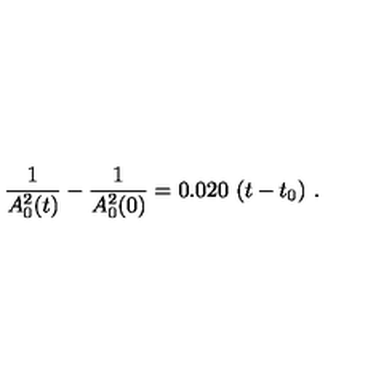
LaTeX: \frac { 1 } { A _ { 0 } ^ { 2 } ( t ) } - \frac { 1 } { A _ { 0 } ^ { 2 } ( 0 ) } = 0 . 0 2 0 \ ( t - t _ { 0 } ) \ .